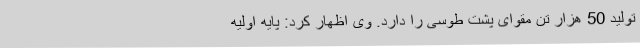
تولید 50 هزار تن مقوای پشت طوسی را دارد. وی اظهار کرد: پایه اولیه